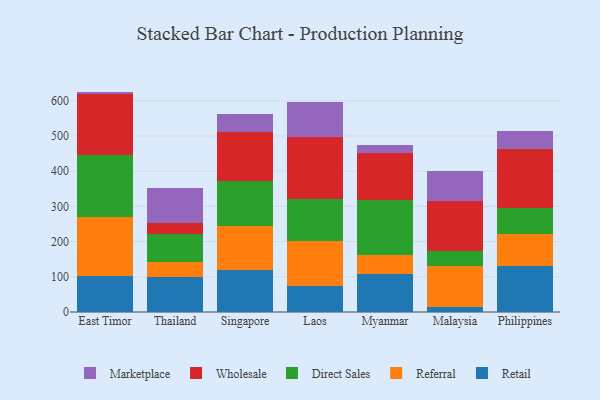
{"axis": {"x": "Country", "y": "Market Share (%)"}, "legend": ["Direct Sales", "Marketplace", "Referral", "Retail", "Wholesale"], "data": [{"x": "East Timor", "y": 101.0, "type": "Retail"}, {"x": "East Timor", "y": 170.0, "type": "Referral"}, {"x": "East Timor", "y": 174.4, "type": "Direct Sales"}, {"x": "East Timor", "y": 173.5, "type": "Wholesale"}, {"x": "East Timor", "y": 7.0, "type": "Marketplace"}, {"x": "Thailand", "y": 99.3, "type": "Retail"}, {"x": "Thailand", "y": 42.8, "type": "Referral"}, {"x": "Thailand", "y": 80.6, "type": "Direct Sales"}, {"x": "Thailand", "y": 29.4, "type": "Wholesale"}, {"x": "Thailand", "y": 101.3, "type": "Marketplace"}, {"x": "Singapore", "y": 119.3, "type": "Retail"}, {"x": "Singapore", "y": 125.3, "type": "Referral"}, {"x": "Singapore", "y": 128.8, "type": "Direct Sales"}, {"x": "Singapore", "y": 137.0, "type": "Wholesale"}, {"x": "Singapore", "y": 50.6, "type": "Marketplace"}, {"x": "Laos", "y": 74.8, "type": "Retail"}, {"x": "Laos", "y": 127.2, "type": "Referral"}, {"x": "Laos", "y": 119.8, "type": "Direct Sales"}, {"x": "Laos", "y": 174.3, "type": "Wholesale"}, {"x": "Laos", "y": 99.1, "type": "Marketplace"}, {"x": "Myanmar", "y": 107.1, "type": "Retail"}, {"x": "Myanmar", "y": 53.8, "type": "Referral"}, {"x": "Myanmar", "y": 157.4, "type": "Direct Sales"}, {"x": "Myanmar", "y": 133.1, "type": "Wholesale"}, {"x": "Myanmar", "y": 24.2, "type": "Marketplace"}, {"x": "Malaysia", "y": 14.8, "type": "Retail"}, {"x": "Malaysia", "y": 116.9, "type": "Referral"}, {"x": "Malaysia", "y": 42.5, "type": "Direct Sales"}, {"x": "Malaysia", "y": 142.4, "type": "Wholesale"}, {"x": "Malaysia", "y": 84.6, "type": "Marketplace"}, {"x": "Philippines", "y": 131.1, "type": "Retail"}, {"x": "Philippines", "y": 90.3, "type": "Referral"}, {"x": "Philippines", "y": 74.9, "type": "Direct Sales"}, {"x": "Philippines", "y": 165.7, "type": "Wholesale"}, {"x": "Philippines", "y": 52.7, "type": "Marketplace"}]}